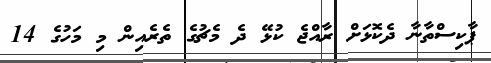
ޕާކިސްތާނާ ދެކޮޅަށް ރާއްޖެ ކުޅޭ ދެ މެޗުގެ ތެރެއިން މި މަހުގެ 14